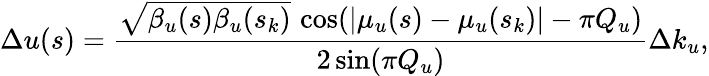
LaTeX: \Delta u(s)=\frac{\sqrt{\beta_{u}(s)\beta_{u}(s_{k})}\, \cos(\lvert\mu_{u}(s)-\mu_{u}(s_{k})\rvert-\pi Q_{u})}{2\sin(\pi Q_{u})}\Delta{k_{u}},